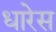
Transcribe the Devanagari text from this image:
धारेस